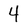
Character: 4